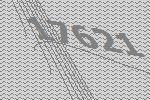
17621